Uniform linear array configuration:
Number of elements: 12
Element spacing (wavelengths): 0.75
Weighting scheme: cosine
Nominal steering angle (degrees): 30
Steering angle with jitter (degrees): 28.721
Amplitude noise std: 0.05
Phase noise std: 0.05

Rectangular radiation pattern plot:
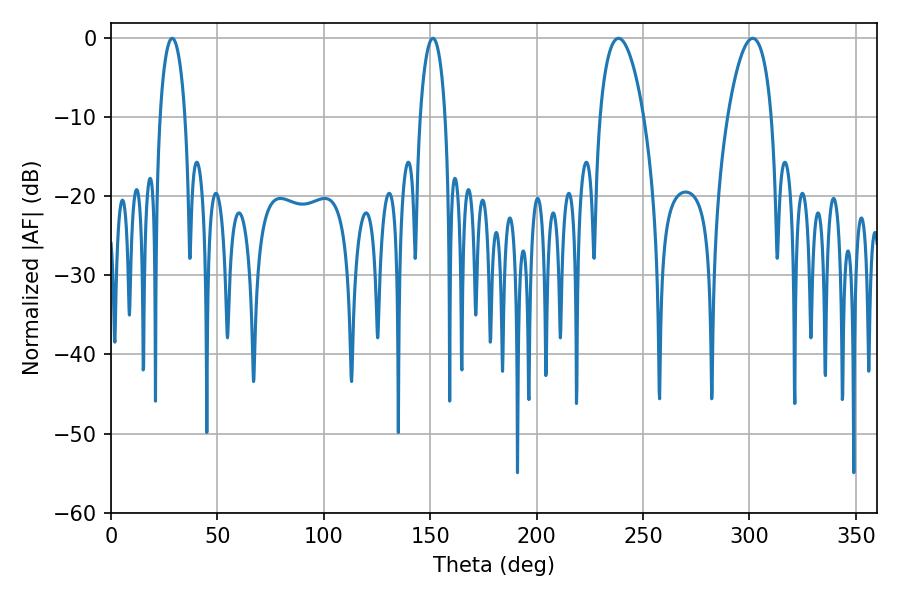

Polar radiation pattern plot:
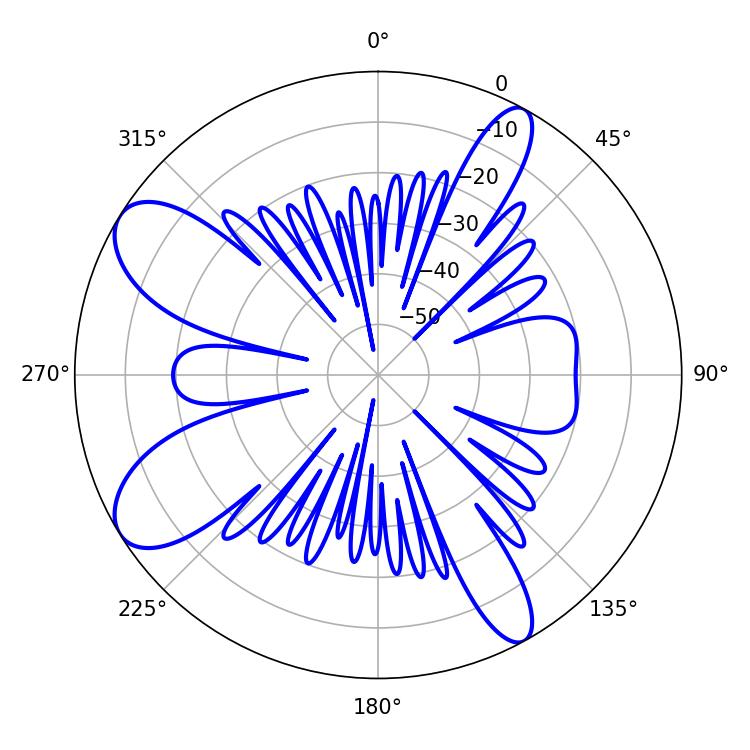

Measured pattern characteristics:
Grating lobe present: TRUE
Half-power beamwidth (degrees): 11.52
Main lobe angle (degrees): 238.5